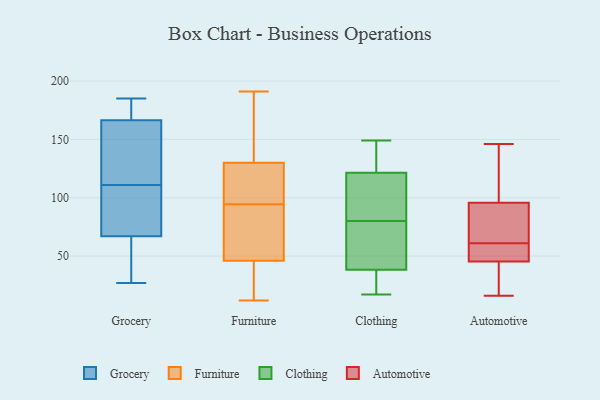
{"axis": {"x": "Website Visitors", "y": "Value"}, "legend": ["Automotive", "Clothing", "Furniture", "Grocery"], "data": [{"x": "", "y": 111, "type": "Grocery"}, {"x": "", "y": 67, "type": "Grocery"}, {"x": "", "y": 68, "type": "Grocery"}, {"x": "", "y": 170, "type": "Grocery"}, {"x": "", "y": 63, "type": "Grocery"}, {"x": "", "y": 185, "type": "Grocery"}, {"x": "", "y": 90, "type": "Grocery"}, {"x": "", "y": 166, "type": "Grocery"}, {"x": "", "y": 168, "type": "Grocery"}, {"x": "", "y": 145, "type": "Grocery"}, {"x": "", "y": 148, "type": "Grocery"}, {"x": "", "y": 67, "type": "Grocery"}, {"x": "", "y": 27, "type": "Grocery"}, {"x": "", "y": 167, "type": "Furniture"}, {"x": "", "y": 46, "type": "Furniture"}, {"x": "", "y": 21, "type": "Furniture"}, {"x": "", "y": 58, "type": "Furniture"}, {"x": "", "y": 191, "type": "Furniture"}, {"x": "", "y": 104, "type": "Furniture"}, {"x": "", "y": 105, "type": "Furniture"}, {"x": "", "y": 140, "type": "Furniture"}, {"x": "", "y": 123, "type": "Furniture"}, {"x": "", "y": 122, "type": "Furniture"}, {"x": "", "y": 156, "type": "Furniture"}, {"x": "", "y": 74, "type": "Furniture"}, {"x": "", "y": 13, "type": "Furniture"}, {"x": "", "y": 51, "type": "Furniture"}, {"x": "", "y": 85, "type": "Furniture"}, {"x": "", "y": 130, "type": "Furniture"}, {"x": "", "y": 12, "type": "Furniture"}, {"x": "", "y": 15, "type": "Furniture"}, {"x": "", "y": 80, "type": "Clothing"}, {"x": "", "y": 75, "type": "Clothing"}, {"x": "", "y": 32, "type": "Clothing"}, {"x": "", "y": 110, "type": "Clothing"}, {"x": "", "y": 42, "type": "Clothing"}, {"x": "", "y": 37, "type": "Clothing"}, {"x": "", "y": 149, "type": "Clothing"}, {"x": "", "y": 139, "type": "Clothing"}, {"x": "", "y": 17, "type": "Clothing"}, {"x": "", "y": 117, "type": "Clothing"}, {"x": "", "y": 123, "type": "Clothing"}, {"x": "", "y": 58, "type": "Automotive"}, {"x": "", "y": 41, "type": "Automotive"}, {"x": "", "y": 101, "type": "Automotive"}, {"x": "", "y": 61, "type": "Automotive"}, {"x": "", "y": 17, "type": "Automotive"}, {"x": "", "y": 16, "type": "Automotive"}, {"x": "", "y": 66, "type": "Automotive"}, {"x": "", "y": 60, "type": "Automotive"}, {"x": "", "y": 86, "type": "Automotive"}, {"x": "", "y": 99, "type": "Automotive"}, {"x": "", "y": 146, "type": "Automotive"}]}